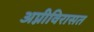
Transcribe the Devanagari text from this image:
अप्नीविरासत